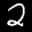
Label: 2